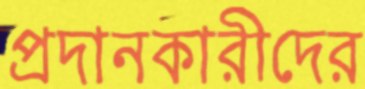
প্রদানকারীদের